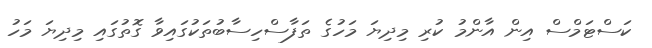
ކަސްޓަމްސް އިން އާންމު ކުރި މިދިޔަ މަހުގެ ތަފާސްހިސާބުތަކުގައިވާ ގޮތުގައި މިދިޔަ މަހު